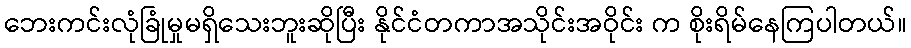
ဘေးကင်းလုံခြုံမှုမရှိသေးဘူးဆိုပြီး နိုင်ငံတကာအသိုင်းအဝိုင်း က စိုးရိမ်နေကြပါတယ်။